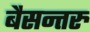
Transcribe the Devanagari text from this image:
बैसन्तरु